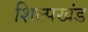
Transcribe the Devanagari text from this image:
शिल्पखंड